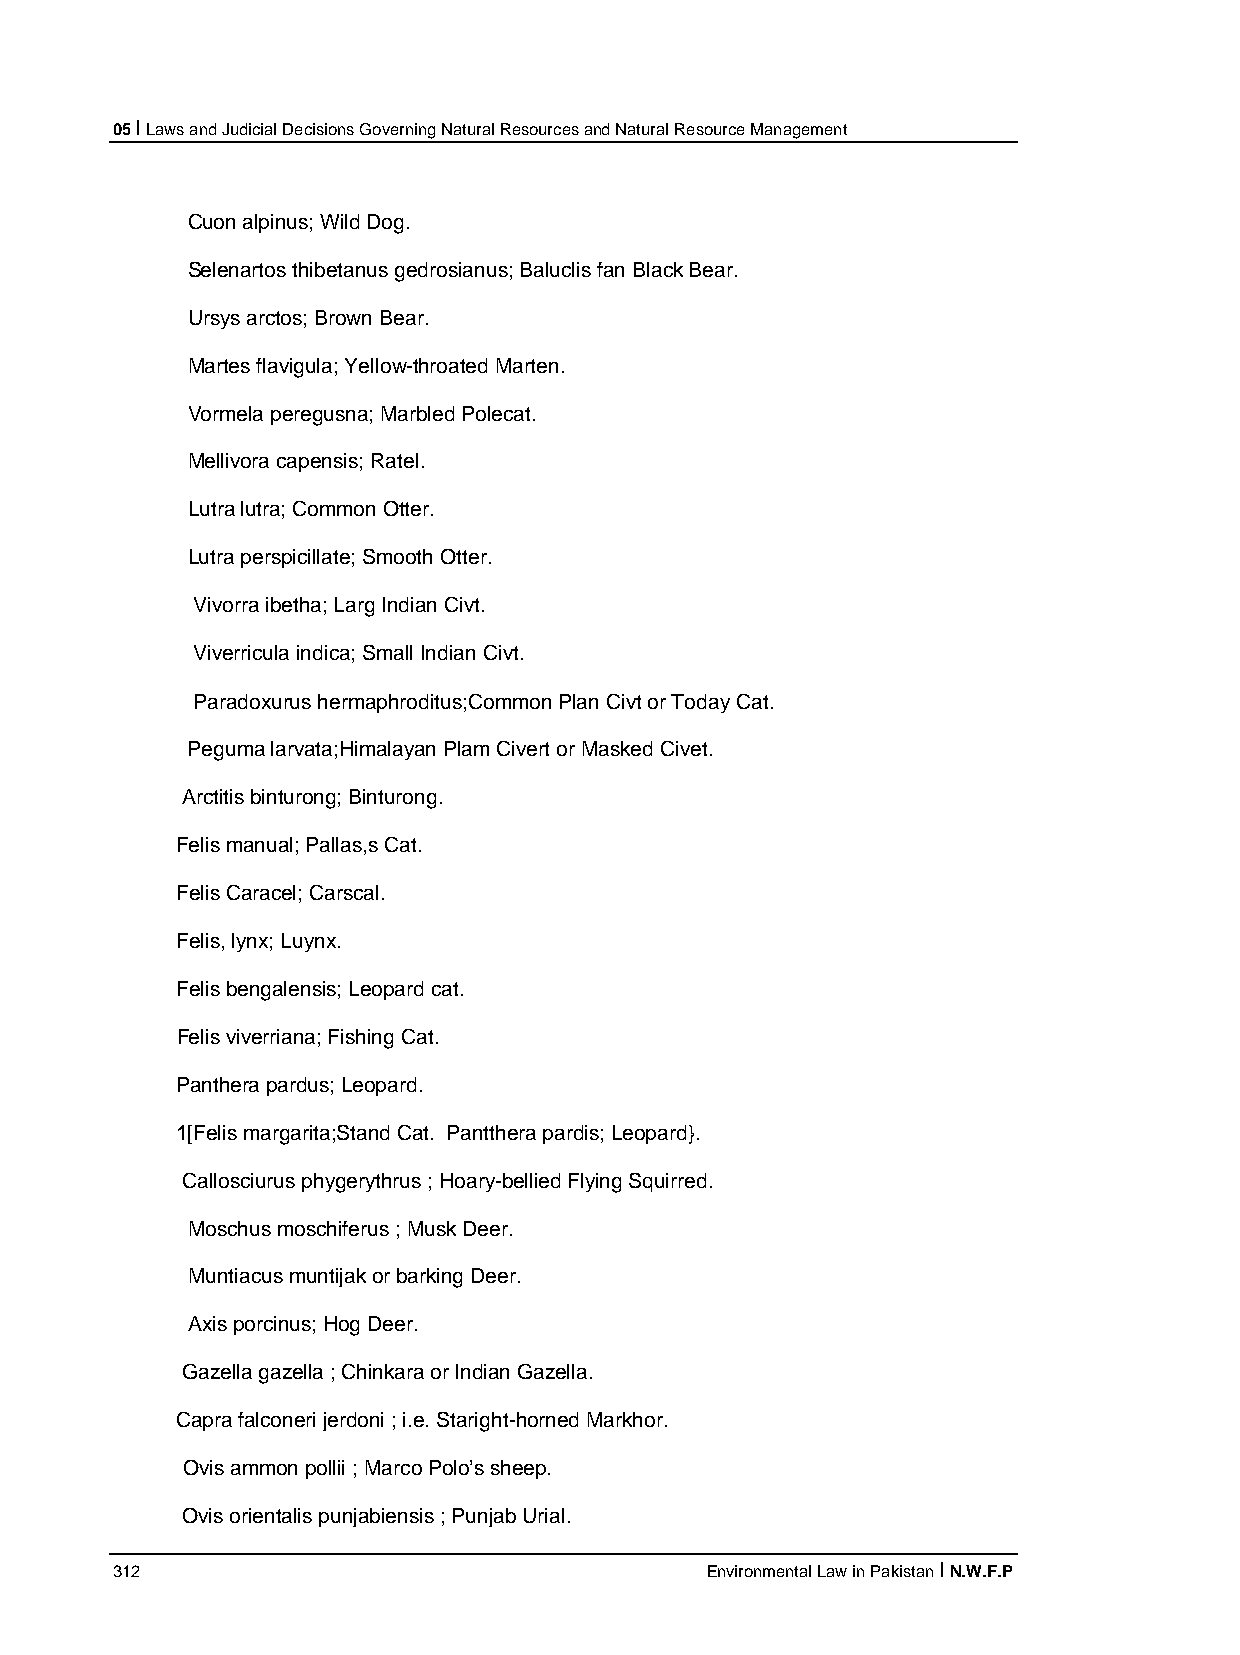
05 I Laws and Judicial Decisions Governing Natural Resources and Natural Resource Management
 Cuon alpinus; Wild Dog.
 Selenartos thibetanus gedrosianus; Baluclis fan Black Bear.
 Ursys arctos; Brown Bear.
 Martes flavigula; Yellow-throated Marten.
 Vormela peregusna; Marbled Polecat.
 Mellivora capensis; Ratel.
 Lutra lutra; Common Otter.
 Lutra perspicillate; Smooth Otter.
 Vivorra ibetha; Larg Indian Civt.
 Viverricula indica; Small Indian Civt.
 Paradoxurus hermaphroditus;Common Plan Civt or Today Cat.
 Peguma larvata;Himalayan Plam Civert or Masked Civet.
 Arctitis binturong; Binturong.
 Felis manual; Pallas,s Cat.
 Felis Caracel; Carscal.
 Felis, lynx; Luynx.
 Felis bengalensis; Leopard cat.
 Felis viverriana; Fishing Cat.
 Panthera pardus; Leopard.
 1[Felis margarita;Stand Cat. Pantthera pardis; Leopard}.
 Callosciurus phygerythrus ; Hoary-bellied Flying Squirred.
 Moschus moschiferus ; Musk Deer.
 Muntiacus muntijak or barking Deer.
 Axis porcinus; Hog Deer.
 Gazella gazella ; Chinkara or Indian Gazella.
 Capra falconeri jerdoni ; i.e. Staright-horned Markhor.
 Ovis ammon pollii ; Marco Polo’s sheep.
 Ovis orientalis punjabiensis ; Punjab Urial.
 312                                     Environmental Law in Pakistan I N.W.F.P